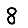
Digit: 8